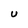
Character: U